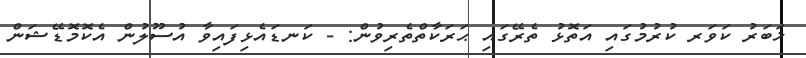
ޚަބަރު ކަވަރ ކުރުމުގައި އަތޮޅު ތެރޭގައި ޙަރަކާތްތެރިވުން: - ކަނޑައެޅިފައިވާ އުސޫލުން އެކޮމޮޑޭޝަން